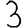
Digit: 3